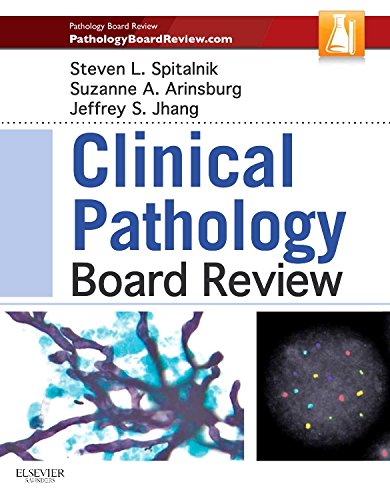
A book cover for Clinical Pathology Board Review, 1e; Steven L. Spitalnik MD; Medical Books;